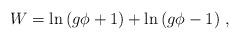
LaTeX: \begin{align*}W = \ln\,(g \phi+1) + \ln\,(g \phi-1)\ ,\end{align*}